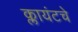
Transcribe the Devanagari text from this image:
क्लायंटचे